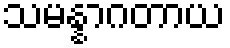
သမန္နာဂတာယ